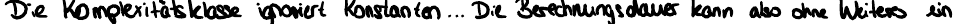
Die Komplexitätsklasse ignoriert Konstanten... Die Berechnungsdauer kann also ohne Weiteres ein